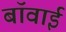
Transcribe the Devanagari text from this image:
बॉवाई